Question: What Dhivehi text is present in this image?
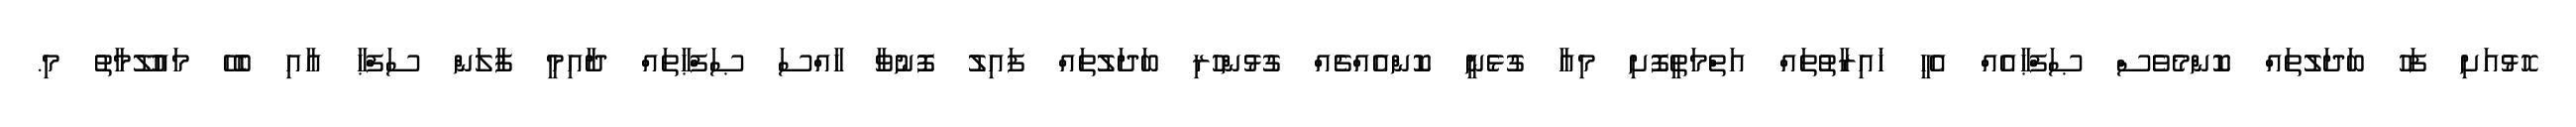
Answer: ހޮޅުއަށި ފަހު ބަދަލުތައް ކޮންމެވެސް ޞަފްޙާއެއް އެހީ ޚައިރާތުތައް އަތްމަތީފޮށި މިއާ ގުޅެނީ ކޮންއެއްޗެއް ގުޅުންހުރި ބަދަލުތައް ފައިލު ފޮނުވާ ހާއްސަ ޞަފްޙާތައް ދާއިމީ ފާލަން ސަފްޙާ އާއި ބެހޭ މައުލޫމާތު މި.